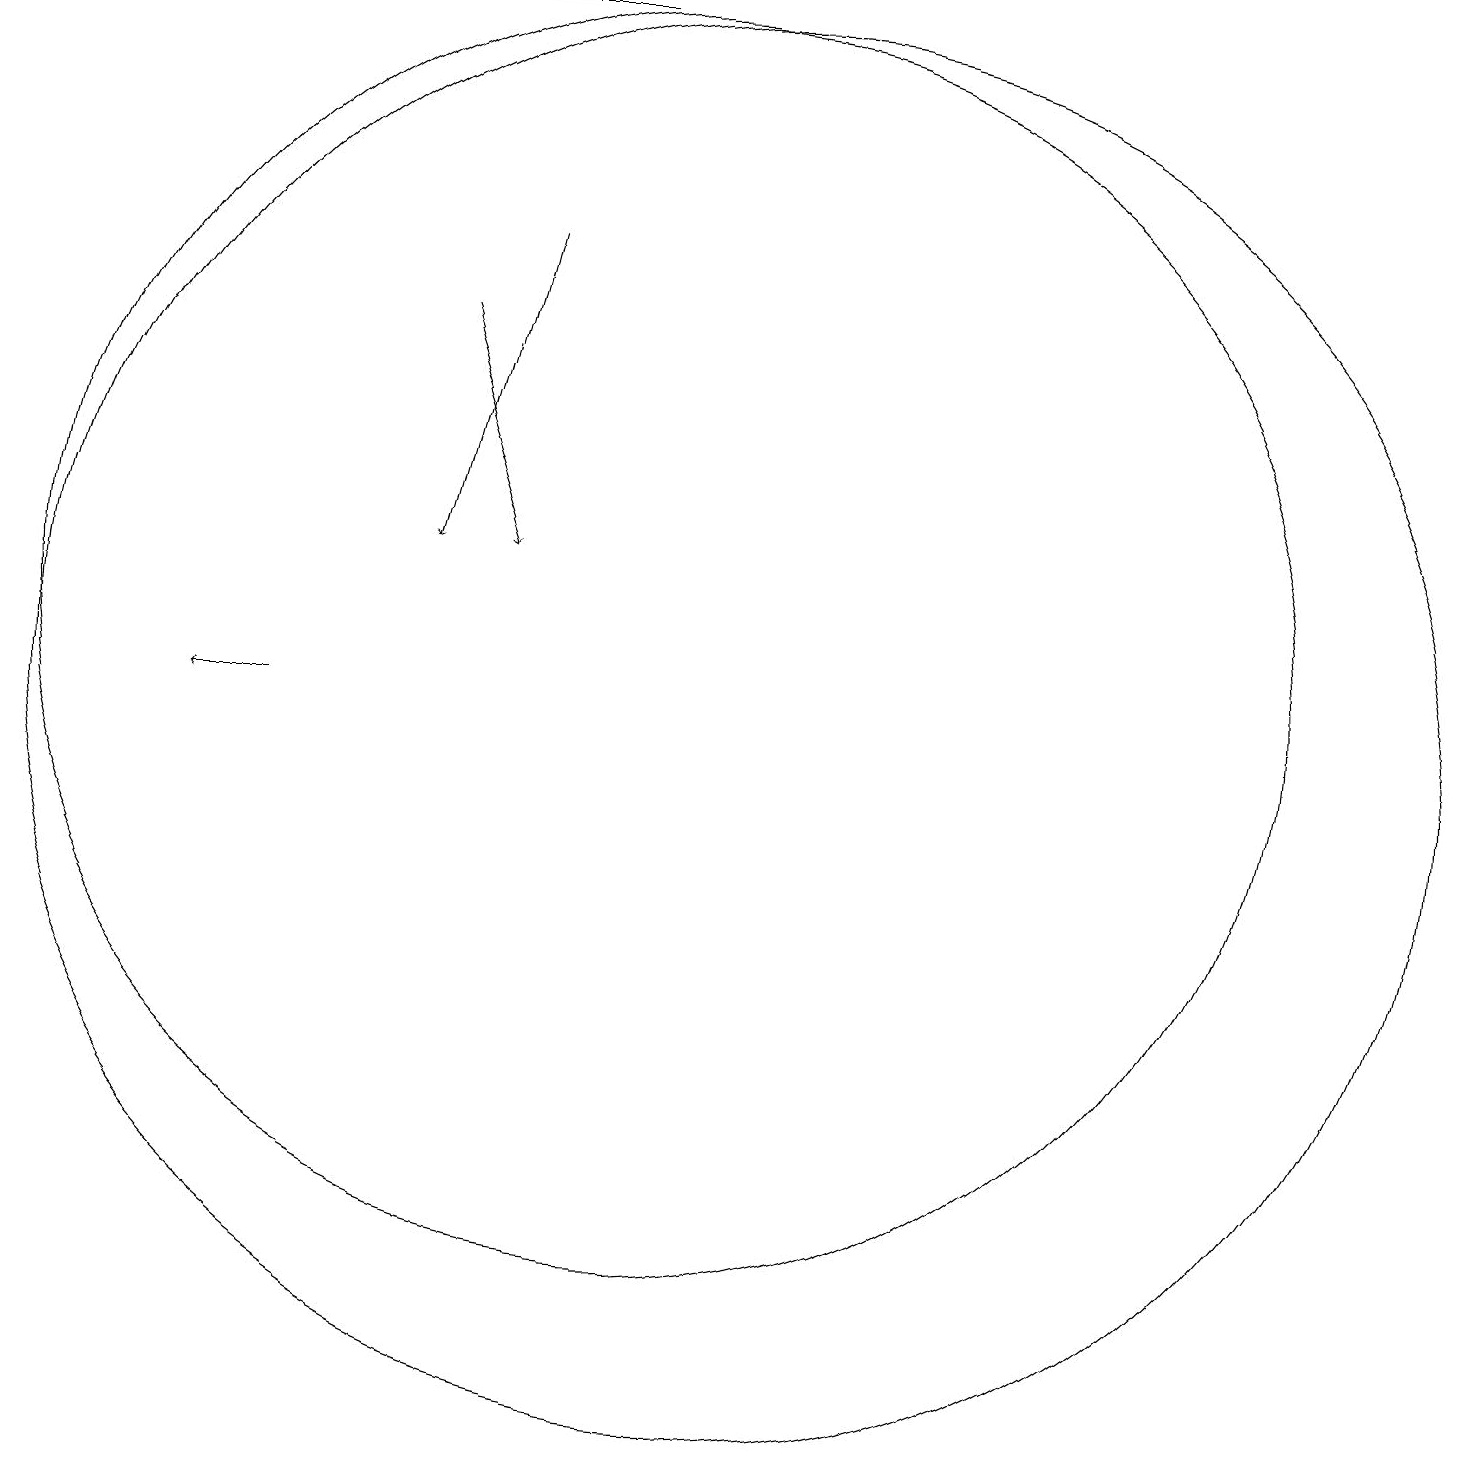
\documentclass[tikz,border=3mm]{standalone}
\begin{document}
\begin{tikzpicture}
\draw (11,10) circle (9);
\draw[->] (5,10) -- (4,10);
\draw[->] (8,16) -- (7,12);
\draw[->] (9,19) -- (2,19);
\draw (10,11) circle (8);
\draw[->] (7,15) -- (8,12);
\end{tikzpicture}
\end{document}